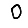
Digit: 0